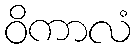
ဝိကာလံ